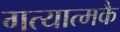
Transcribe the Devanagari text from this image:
गत्यात्मकै